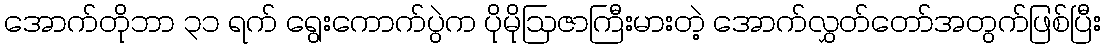
အောက်တိုဘာ ၃၁ ရက် ရွေးကောက်ပွဲက ပိုမိုဩဇာကြီးမားတဲ့ အောက်လွှတ်တော်အတွက်ဖြစ်ပြီး